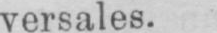
versales.